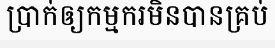
ប្រាក់ឲ្យកម្មករមិនបានគ្រប់